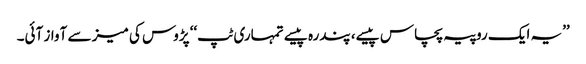
’’یہ ایک روپیہ پچاس پیسے، پندرہ پیسے تمہاری ٹپ‘‘ پڑوس کی میز سے آواز آئی۔